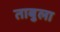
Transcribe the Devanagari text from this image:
ताबुला